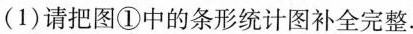
(1)请把图①中的条形统计图补全完整.